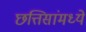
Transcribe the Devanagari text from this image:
छत्तिसांमध्ये